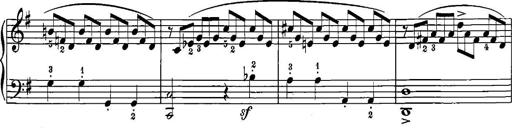
Title: 12 Sonatinas
Composer: Ignaz Pleyel